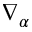
\nabla _ { \alpha }